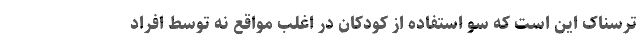
ترسناک این است که سو استفاده از کودکان در اغلب مواقع نه توسط افراد